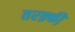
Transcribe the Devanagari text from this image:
तरक़्की़